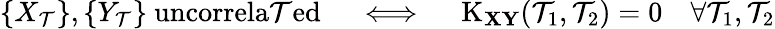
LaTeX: \left\{ X_{\mathcal{T}}\right\} ,\left\{ Y_{\mathcal{T}}\right\} {\mathrm{{~uncorrela\mathcal{T}ed}}}\quad\iff\quad\operatorname{K}_{\mathbf{{X}}\mathbf{{Y}}}(\mathcal{T}_{1},\mathcal{T}_{2})=0\quad\forall\mathcal{T}_{1},\mathcal{T}_{2}